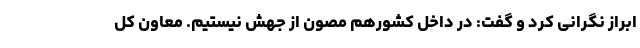
ابراز نگرانی کرد و گفت: در داخل کشورهم مصون از جهش نیستیم. معاون کل